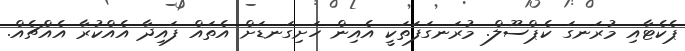
ޕެކެޓާއި މުރަނގަ ކެޕްސޫލް. މުރަނގަފަތަކީ އެއިން ހަށިގަނޑަށް އެތައް ފައިދާ އެއްކުރާ އެއްޗެއް.